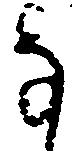
な